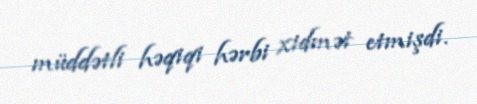
müddətli həqiqi hərbi xidmət etmişdi.